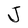
Character: J